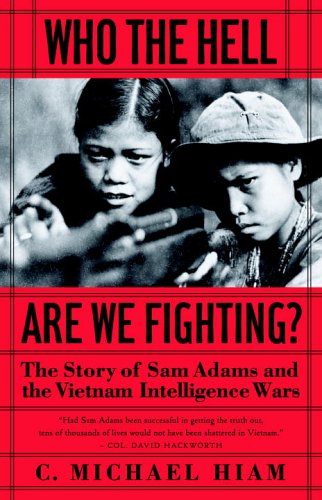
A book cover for Who the Hell Are We Fighting?: The Story of Sam Adams and the Vietnam Intelligence Wars; Michael Hiam; History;